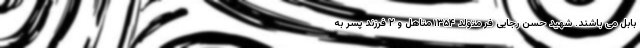
بابل می باشند. شهید حسن رجایی فر متولد ۱۳۵۴ متاهل و ۲ فرزند پسر به